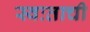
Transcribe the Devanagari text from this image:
स्वःताची